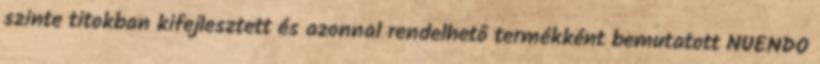
szinte titokban kifejlesztett és azonnal rendelhetô termékként bemutatott NUENDO